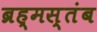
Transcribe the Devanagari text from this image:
ब्रह्मस्तंब